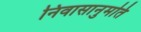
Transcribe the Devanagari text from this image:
निवासानुमति